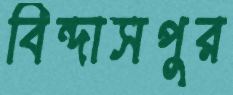
বিন্দাসপুর